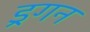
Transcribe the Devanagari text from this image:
ड्रगन